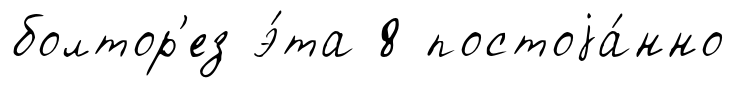
болтор'ез э́та 8 постоjа́нно